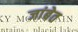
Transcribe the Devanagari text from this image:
जांबेत